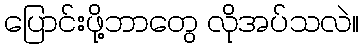
ပြောင်းဖို့ဘာတွေ လိုအပ်သလဲ။